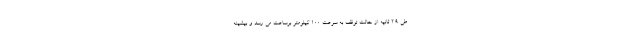
طی 2.9 ثانیه از حالت توقف به سرعت 100 کیلومتر برساعت می رسد و بیشینه